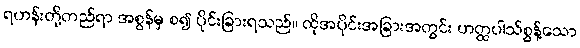
ရဟန်းတို့တည်ရာ အစွန်မှ စ၍ ပိုင်းခြားရသည်။ ထိုအပိုင်းအခြားအတွင်း ဟတ္ထပါသ်စွန့်သော